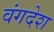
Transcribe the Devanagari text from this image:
वंगदेश